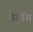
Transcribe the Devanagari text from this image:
गेगोंग